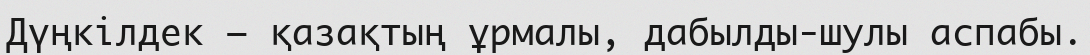
Дүңкілдек — қазақтың ұрмалы, дабылды-шулы аспабы.